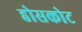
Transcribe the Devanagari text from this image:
होसकोट